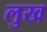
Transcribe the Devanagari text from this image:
लुख